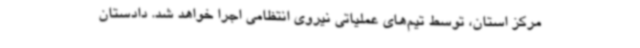
مرکز استان، توسط تیم‌های عملیاتی نیروی انتظامی اجرا خواهد شد. دادستان